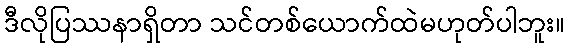
ဒီလိုပြဿနာရှိတာ သင်တစ်ယောက်ထဲမဟုတ်ပါဘူး။